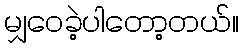
မျှဝေခဲ့ပါတော့တယ်။